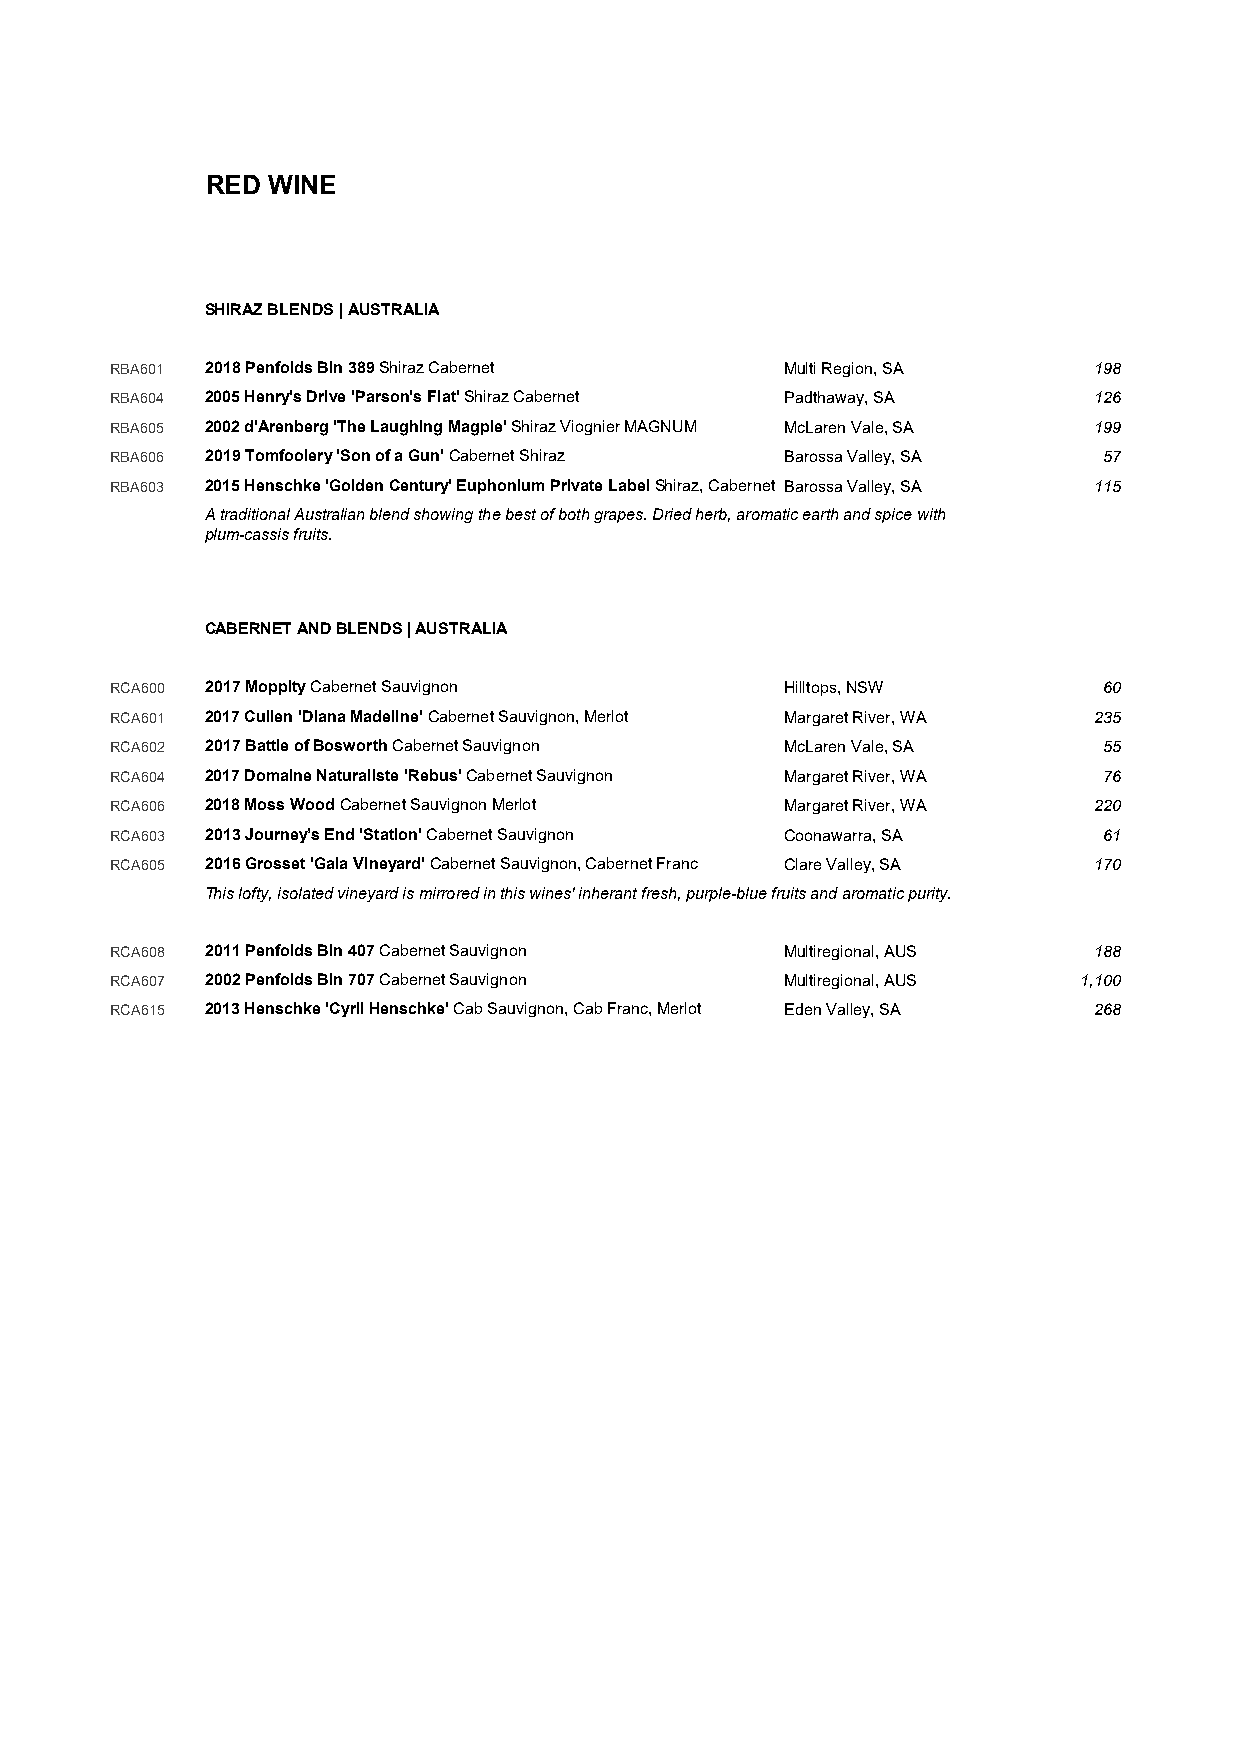
RED WINE
 SHIRAZ BLENDS | AUSTRALIA
 RBA601 2018 Penfolds Bin 389 Shiraz Cabernet Multi Region, SA    198
 RBA604 2005 Henry's Drive 'Parson's Flat' Shiraz Cabernet Padthaway, SA 126
 RBA605 2002 d'Arenberg 'The Laughing Magpie' Shiraz Viognier MAGNUM McLaren Vale, SA 199
 RBA606 2019 Tomfoolery 'Son of a Gun' Cabernet Shiraz Barossa Valley, SA 57
 RBA603 2015 Henschke 'Golden Century' Euphonium Private Label Shiraz, Cabernet Barossa Valley, SA 115
 A traditional Australian blend showing the best of both grapes. Dried herb, aromatic earth and spice with
 plum-cassis fruits.
 CABERNET AND BLENDS | AUSTRALIA
 RCA600 2017 Moppity Cabernet Sauvignon       Hilltops, NSW        60
 RCA601 2017 Cullen 'Diana Madeline' Cabernet Sauvignon, Merlot Margaret River, WA 235
 RCA602 2017 Battle of Bosworth Cabernet Sauvignon McLaren Vale, SA 55
 RCA604 2017 Domaine Naturaliste 'Rebus' Cabernet Sauvignon Margaret River, WA 76
 RCA606 2018 Moss Wood Cabernet Sauvignon Merlot Margaret River, WA 220
 RCA603 2013 Journey’s End 'Station' Cabernet Sauvignon Coonawarra, SA 61
 RCA605 2016 Grosset 'Gaia Vineyard' Cabernet Sauvignon, Cabernet Franc Clare Valley, SA 170
 This lofty, isolated vineyard is mirrored in this wines' inherant fresh, purple-blue fruits and aromatic purity.
 RCA608 2011 Penfolds Bin 407 Cabernet Sauvignon Multiregional, AUS 188
 RCA607 2002 Penfolds Bin 707 Cabernet Sauvignon Multiregional, AUS 1,100
 RCA615 2013 Henschke 'Cyril Henschke' Cab Sauvignon, Cab Franc, Merlot Eden Valley, SA 268